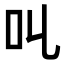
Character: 𠮪